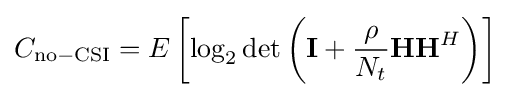
C_{\mathrm {no-CSI} }=E\left[\log _{2}\det \left(\mathbf {I} +{\frac {\rho }{N_{t}}}\mathbf {H} \mathbf {H} ^{H}\right)\right]